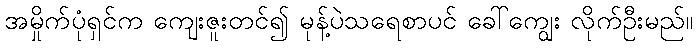
အမှိုက်ပုံရှင်က ကျေးဇူးတင်၍ မုန့်ပဲသရေစာပင် ခေါ်ကျွေး လိုက်ဦးမည်။